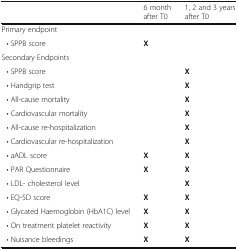
|  | 6 month after T0 | 1, 2 and 3 years after T0 |
 | --- | --- | --- |
 | <COLSPAN=3> Primary endpoint |
 | • SPPB score | X |  |
 | <COLSPAN=3> Secondary Endpoints |
 | • SPPB score |  | X |
 | • Handgrip test |  | X |
 | • All-cause mortality |  | X |
 | • Cardiovascular mortality |  | X |
 | • All-cause re-hospitalization |  | X |
 | • Cardiovascular re-hospitalization |  | X |
 | • aADL score | X | X |
 | • PAR Questionnaire | X | X |
 | • LDL- cholesterol level |  | X |
 | • EQ-5D score | X | X |
 | • Glycated Haemoglobin (HbA1C) level | X | X |
 | • On treatment platelet reactivity | X | X |
 | • Nuisance bleedings | X | X |